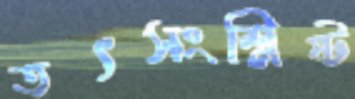
তৎসংশ্লিষ্ট